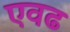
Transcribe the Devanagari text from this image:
एवढ